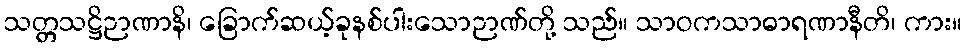
သတ္တသဋ္ဌိဉာဏာနိ၊ ခြောက်ဆယ့်ခုနစ်ပါးသောဉာဏ်တို့ သည်။ သာဝကသာဓာရဏာနီတိ၊ ကား။